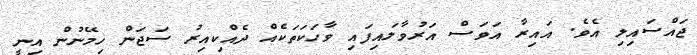
ޖައްސައިލި އެވެ. އައިރާ އަވަސް އަރުވާލައިފައި ވާހަކަތަކެއް ދެއްކިއިރު ސަޖަން ހިމޭނުން އިނީ